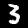
Digit: 3